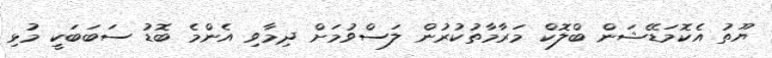
ޔޫތު އެކޮމަޑޭޝަން ބްލޮކް މަރާމާތުކުރުން ލަސްވުމަށް ދިމާވި އެންމެ ބޮޑު ސަބަބަކީ މުޅި